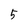
Character: 5